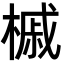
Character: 槭